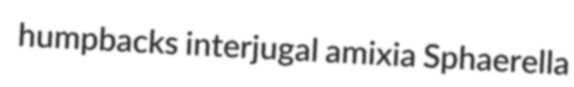
humpbacks interjugal amixia Sphaerella